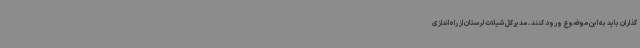
گذاران باید به این موضوع ورود کنند. مدیرکل شیلات لرستان از راه‌اندازی